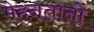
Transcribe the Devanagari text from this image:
मेहनतानों